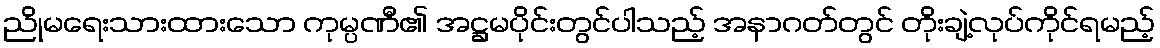
ညိုမရေးသားထားသော ကုမ္ပဏီ၏ အဋ္ဌမပိုင်းတွင်ပါသည့် အနာဂတ်တွင် တိုးချဲ့လုပ်ကိုင်ရမည့်